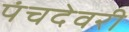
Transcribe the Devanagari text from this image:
पंचदेवरी